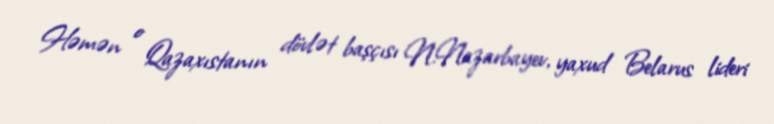
Həmən o Qazaxıstanın dövlət başçısı N.Nazarbayev, yaxud Belarus lideri